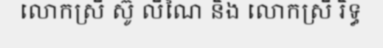
លោកស្រី ស៊ូ លីណៃ និង លោកស្រី រិទ្ធ